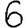
Digit: 6